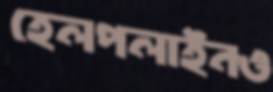
হেলপলাইনও